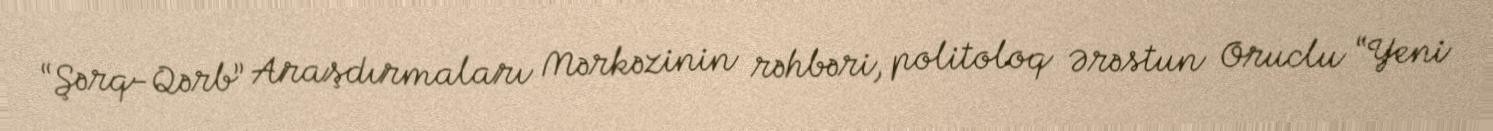
“Şərq-Qərb” Araşdırmaları Mərkəzinin rəhbəri, politoloq Ərəstun Oruclu “Yeni